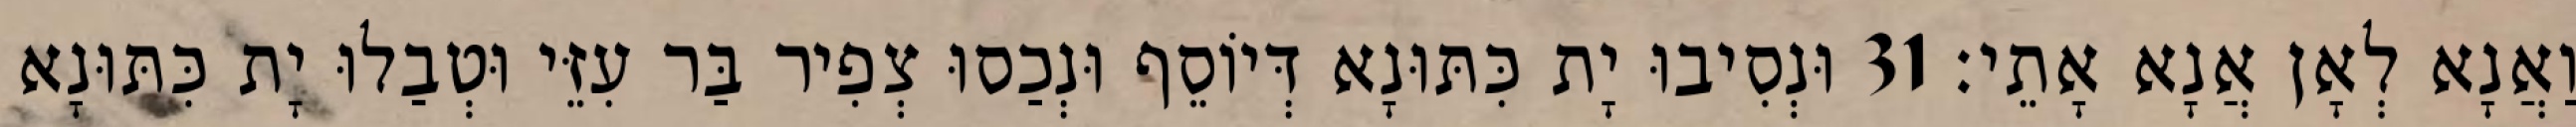
וַאֲנָא לְאָן אֲנָא אָתֵי׃ 31 וּנְסִיבוּ יָת כִּתּוּנָא דְּיוֹסֵף וּנְכַסוּ צְפִיר בַּר עִזֵּי וּטְבַלוּ יָת כִּתּוּנָא